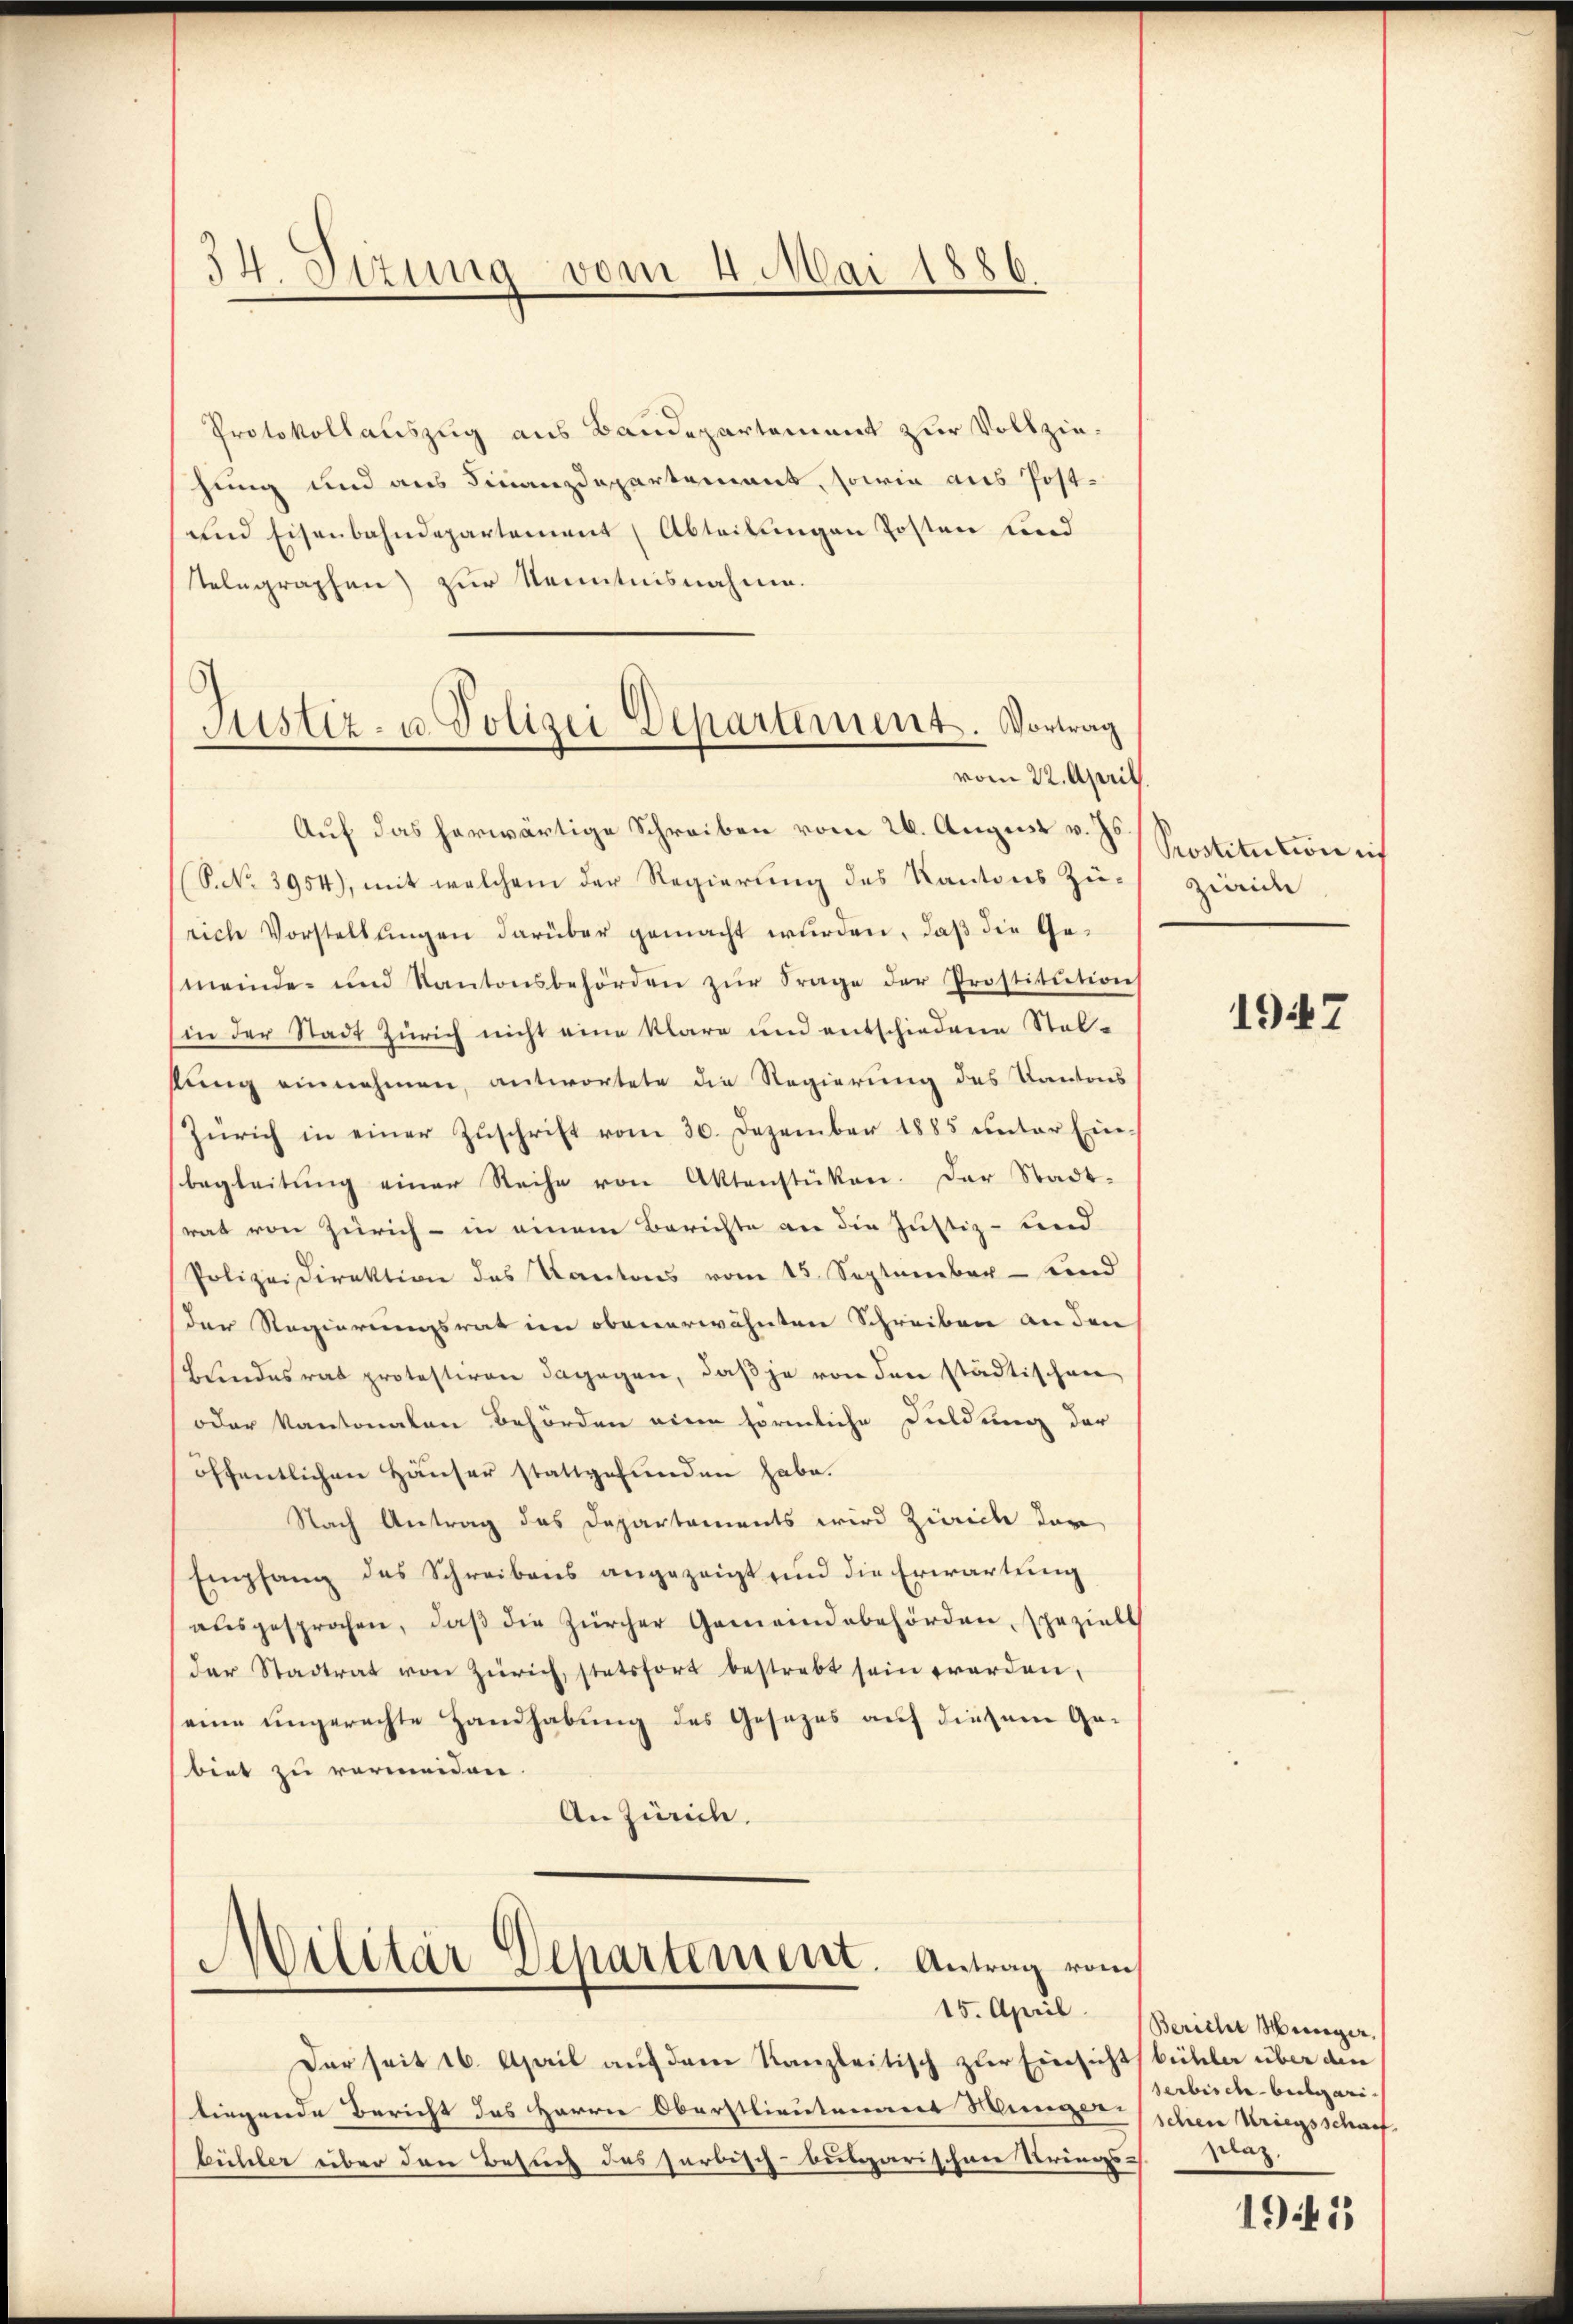
54. Sitzung vom 4. Mai 1886.

Protokollauszug aus Baudepartement zur Vollziehung und aus Finanzdepartement, sowie aus Post¬
und Eisenbahndepartement (Abteilungen Posten und
Telegraphen zur Kenntnisnahme.
Auf das herwärtige Schreiben vom 26. August v. Js.
(S.No 3954), mit welchem der Regierung des Kantons Zu- zweide
riche Vorstellungen darüber gemacht wurden, daß die Gemeinde- und Kantonsbehörden zur Frage der Prostitution
(in der Stadt Zürich nicht eine klare und entschiedene Stelsung einnehmen, antwortete die Regierung des Kantons
Zürich in einer Zŭschrift vom 30. Dezember 1885 unter Ein-
begleitŭng einer Reihe von Aktenstüken. Der Stadt-
rat von Zürich - in einem Berichte an die Justiz- und
Polizeidirektion des Kantons vom 15. September - und
der Regierungsrat im obenerwähnten Schreiben an den
Bundesrat protestiren dagegen, daß je von den städtischen
oder Kantonalen Behörden eine förmliche Duldung der
öffentlichen Häuser stattgefunden habe.
Nach Antrag des Departaments wird Zürich der
Empfang des Schreibens angezeigt und die Erwartung
ausgesprochen, daβ die Zürcher Gemeindebehörden, spezielt
der Stadtrat von Zürich, stetsfort bestrebt sein worden,
eine ungerechte Handhabung des Gesezes auf diesem Ge-
biet zu vermeiden.
An Zürich.

Justiz- u. Polizei Departement. Vortrag
vom 22. April.

Militär Departement. Antrag vom
15. April.

Der seit 16. April auf dem Kanzleitisch zur Einsichtsbüchler über den
liegende Bericht das Herrn Oberstlieutenant Meneggerschen Kriegsschaff-
bühler über den Besuch des farbisch-busarischen Kriegs-Kanz

Prostitution ich

1947

Bericht Münger,
serbische beilgari-

1941